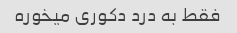
فقط به درد دکوری میخوره